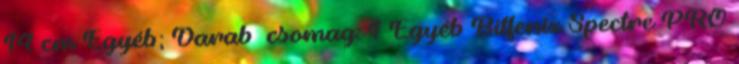
14 cm Egyéb; Darab csomag: 1 Egyéb Bitfenix Spectre PRO